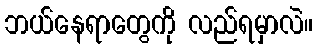
ဘယ်နေရာတွေကို လည်ရမှာလဲ။